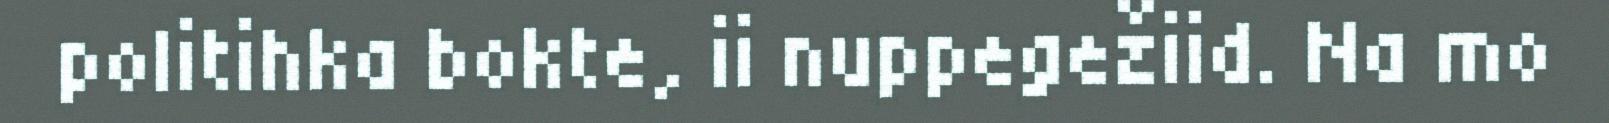
politihka bokte, ii nuppegežiid. Na mo